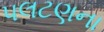
પલટણના